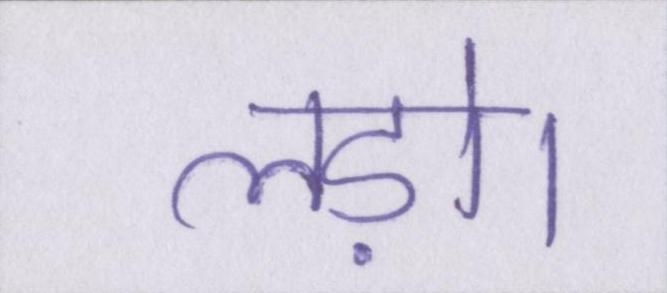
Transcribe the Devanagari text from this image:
लड़ो।